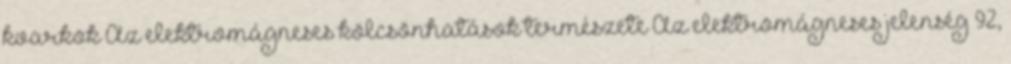
kvarkok Az elektromágneses kölcsönhatások természete Az elektromágneses jelenség 92,